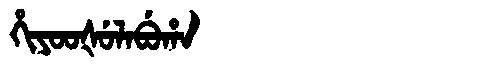
Manchu: ᡥᡳᠶᠣᠣᡧᡠᠯᠠᠪᡠᡥᠠ
Romanization: HIYOOŠULABUHA